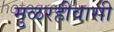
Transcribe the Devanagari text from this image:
मुळरहीवासी